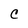
Character: C